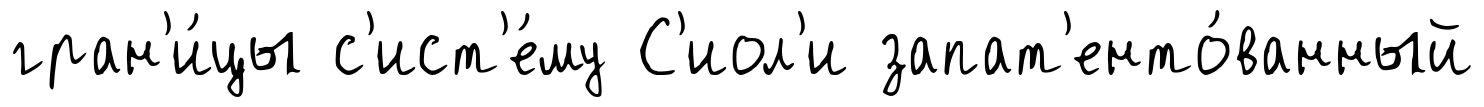
гран'и́цы с'ист'е́му С'иол'и запат'енто́ванный